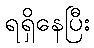
ရရှိနေပြီး